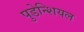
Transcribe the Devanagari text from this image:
पुडेन्शियल